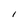
Character: i